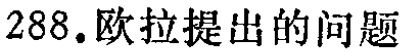
288. 欧拉提出的问题